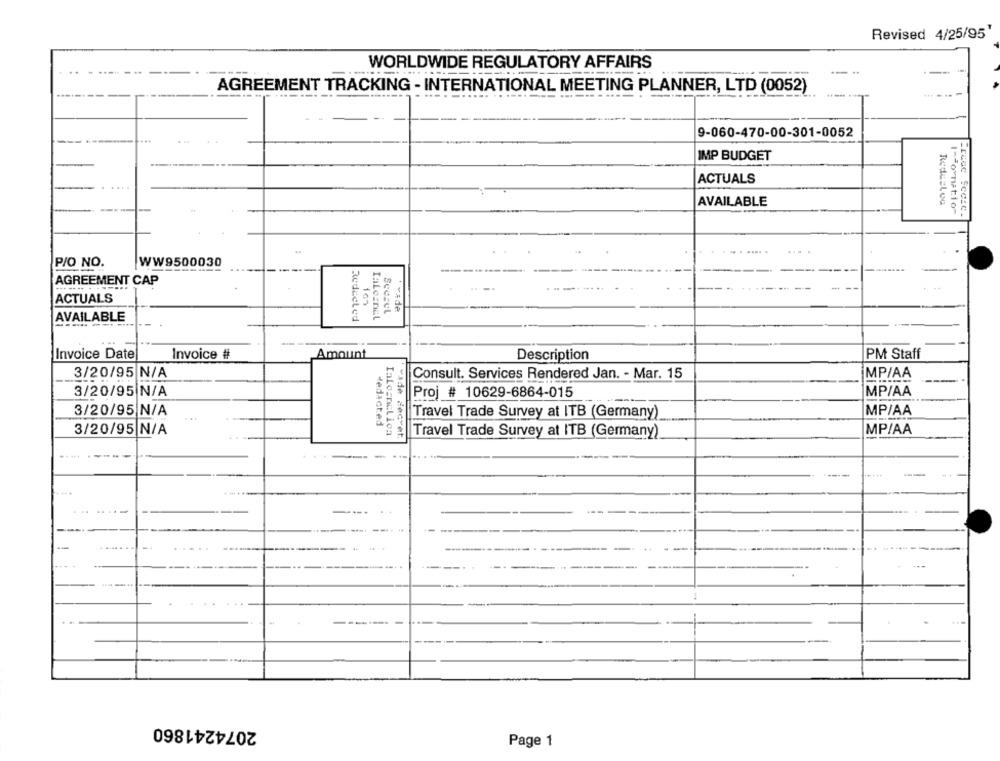
Revised 4/25/95'
WORLDWIDE REGULATORY AFFAIRS
---
AGREEMENT TRACKING - INTERNATIONAL MEETING PLANNER, LTD (0052)
9-060-470-00-301-0052
IMP BUDGET
ACTUALS
AVAILABLE
---
P/O NO.
WW9500030
----
--
AGREEMENT CAP
ACTUALS
50
107
SUCECL
Ivade
AVAILABLE
Redecled
Invoice Date
Invoice #
Amount
Description
PM Staff
3/20/95 N/A
Consult. Services Rendered Jan. - Mar. 15
MP/AA
3/20/95 N/A
Proj # 10629-6864-015
MP/AA
3/20/95|N/A
MP/AA
|Travel Trade Survey at ITB (Germany)
Redacted
3/20/95 N/A
Ialesmilica
Travel Trade Survey at ITB (Germany)
MP/AA
------ -
2074241860
Page 1